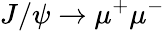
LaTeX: J/\psi\rightarrow\mu^{+}\mu^{-}